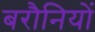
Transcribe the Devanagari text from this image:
बरौनियों